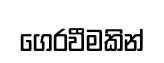
ගෙරවීමකින්